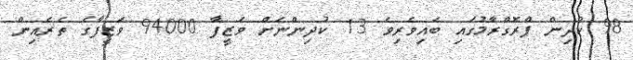
98 ކުދިން ޕްރޮގްރާމުގައި ބައިވެރިވެ 13 ކުދިންނަށް ވަޒީފާ 94000 ވަޒީފާގެ ތެރެއިން